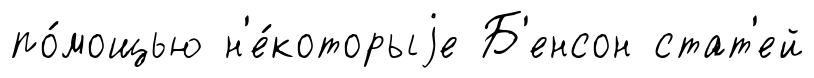
по́мощью н'е́которыjе Б'енсон стат'ей